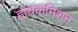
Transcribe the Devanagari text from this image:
हायकमिशन